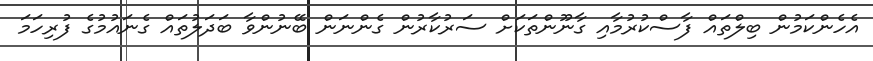
އެހެންކަމުން ބިލްތައް ފާސްކުރުމާއި ގާނޫންތަކަށް ސަރުކާރުން ގެންނަން ބޭނުންވާ ބަދަލުތައް ގެނައުމުގެ ފުރިހަމަ